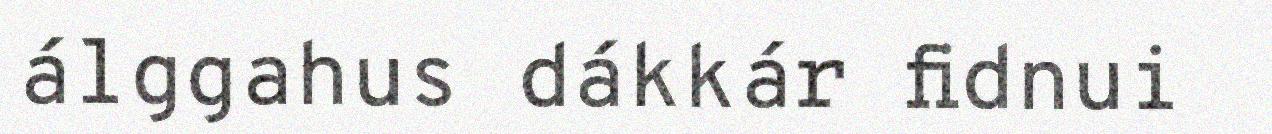
álggahus dákkár fidnui